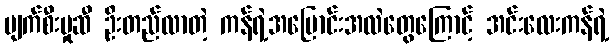
ပျက်စီးမှုဆီ ဦးတည်လာတဲ့ ကန်ရဲ့အပြောင်းအလဲတွေကြောင့် အင်းလေးကန်ရဲ့